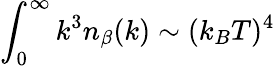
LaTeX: \int_{0}^{\infty}k^{3}n_{\beta}(k)\sim(k_{B}T)^{4}